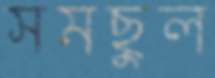
সমছুল